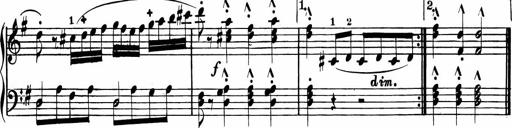
Title: Rosen ohne Dornen
Composer: Gustav Lange